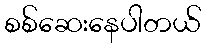
စစ်ဆေးနေပါတယ်